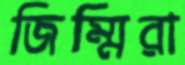
জিম্মিরা